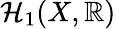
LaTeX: \mathcal{H}_{1}(X,\mathbb{{R}})